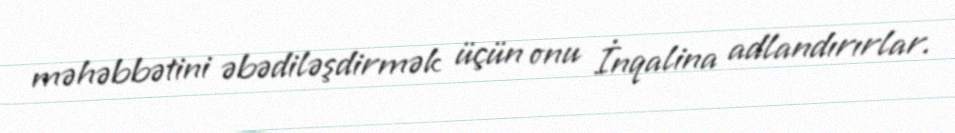
məhəbbətini əbədiləşdirmək üçün onu İnqalina adlandırırlar.